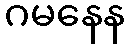
ဂမနေန